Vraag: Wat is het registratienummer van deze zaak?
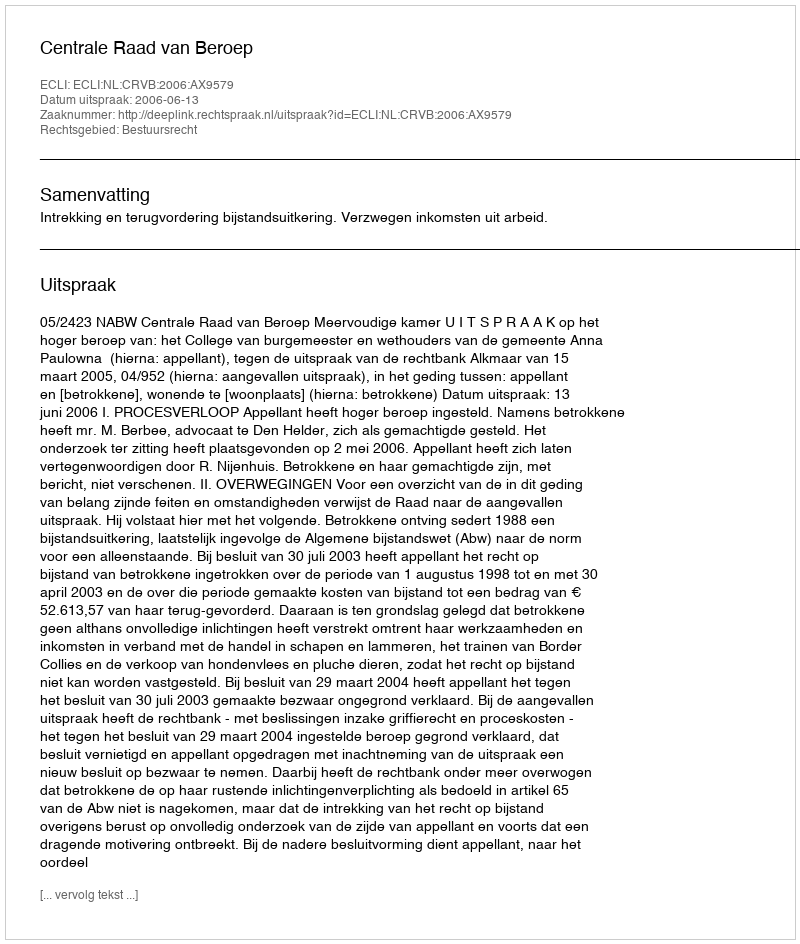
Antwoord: http://deeplink.rechtspraak.nl/uitspraak?id=ECLI:NL:CRVB:2006:AX9579